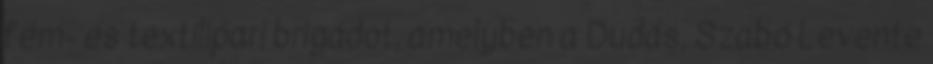
fém- és textilipari brigádot, amelyben a Dudás, Szabó Levente